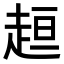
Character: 𧻚